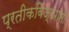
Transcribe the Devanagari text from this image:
प्रतीकविज्ञानी